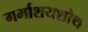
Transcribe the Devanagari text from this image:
गर्भाशयशोथ